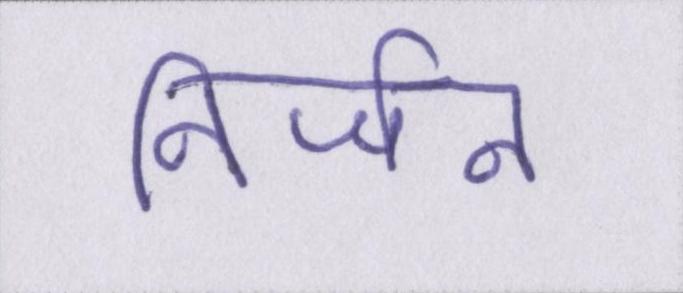
निर्जन